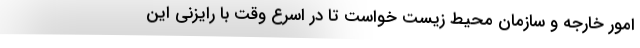
امور خارجه و سازمان محیط زیست خواست تا در اسرع وقت با رایزنی‌ این